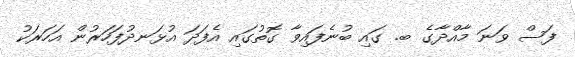
ފަސް ވަނަ މާއްދާގެ ބ. ގައި ބުނެފައިވާ ގޮތުގައި އެފަދަ އުޅަނދުފަހަރުން އަހަރަކު